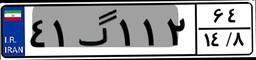
۴۱گ۱۱۲۶۴